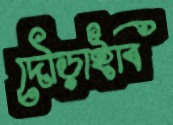
দৌড়াইবি